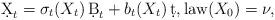
LaTeX: \begin{align*} \d X_t=\sigma_t(X_t)\,\d B_t+ b_t(X_t)\,\d t,\mbox{law}(X_0)=\nu, \end{align*}